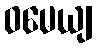
ဝမေယျ